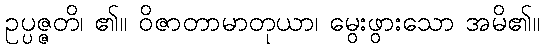
ဥပ္ပဇ္ဇတိ၊ ၏။ ဝိဇာတာမာတုယာ၊ မွေးဖွားသော အမိ၏။